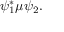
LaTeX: \psi _ { 1 } ^ { * } \mu \psi _ { 2 } .